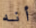
أنه